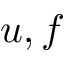
u , f